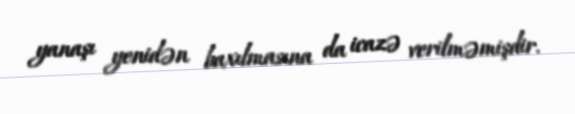
yanaşı yenidən baxılmasına da icazə verilməmişdir.